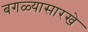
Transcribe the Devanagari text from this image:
बगळ्यासारखे